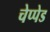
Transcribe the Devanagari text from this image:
चेप्पेड